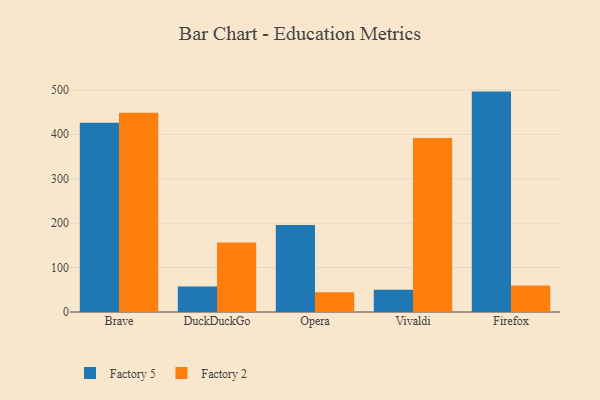
{"axis": {"x": "Browser", "y": "Revenue (USD Million)"}, "legend": ["Factory 2", "Factory 5"], "data": [{"x": "Brave", "y": 426.1, "type": "Factory 5"}, {"x": "Brave", "y": 448.2, "type": "Factory 2"}, {"x": "DuckDuckGo", "y": 57.5, "type": "Factory 5"}, {"x": "DuckDuckGo", "y": 156.2, "type": "Factory 2"}, {"x": "Opera", "y": 195.6, "type": "Factory 5"}, {"x": "Opera", "y": 44.3, "type": "Factory 2"}, {"x": "Vivaldi", "y": 49.9, "type": "Factory 5"}, {"x": "Vivaldi", "y": 391.7, "type": "Factory 2"}, {"x": "Firefox", "y": 496.0, "type": "Factory 5"}, {"x": "Firefox", "y": 59.9, "type": "Factory 2"}]}